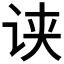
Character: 𰵢